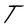
Character: T